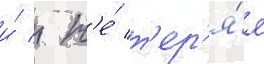
и́ / н'е́ т'ер'я́я